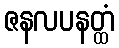
ဇနလပနတ္ထံ